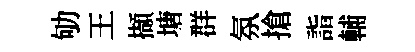
劬王擷塘群氛搶詣輔